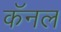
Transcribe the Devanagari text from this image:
कॅनल